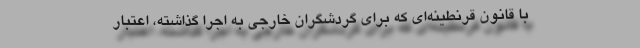
با قانون قرنطینه‌ای که برای گردشگران خارجی به اجرا گذاشته، اعتبار